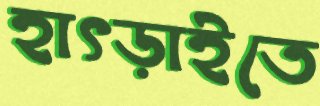
হাৎড়াইতে